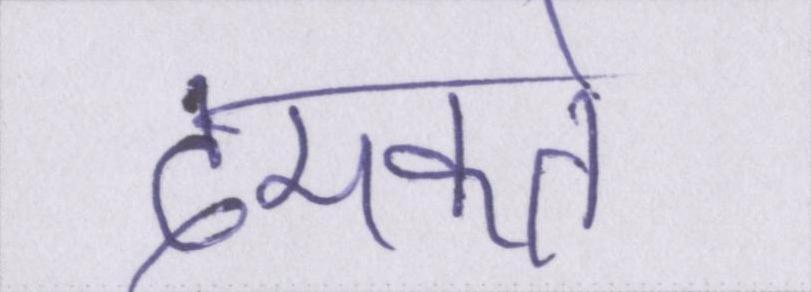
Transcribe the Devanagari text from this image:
दमकते